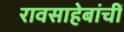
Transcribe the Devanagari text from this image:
रावसाहेबांचीं